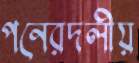
পনেরদলীয়